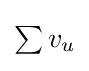
{\begin{matrix}\sum v_{u}\end{matrix}}